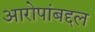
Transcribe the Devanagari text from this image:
आरोपांबद्दल